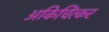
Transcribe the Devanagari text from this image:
अकिचिंत्कर